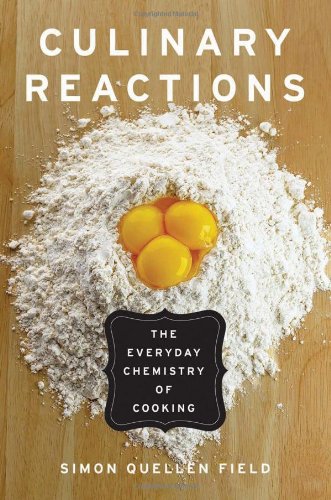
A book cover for Culinary Reactions: The Everyday Chemistry of Cooking; Simon Quellen Field; Cookbooks, Food & Wine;